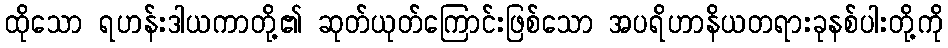
ထိုသော ရဟန်းဒါယကာတို့၏ ဆုတ်ယုတ်ကြောင်းဖြစ်သော အပရိဟာနိယတရားခုနစ်ပါးတို့ကို